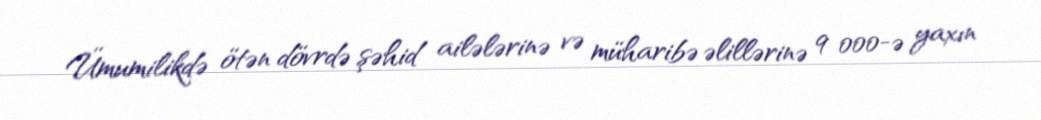
Ümumilikdə ötən dövrdə şəhid ailələrinə və müharibə əlillərinə 9 000-ə yaxın